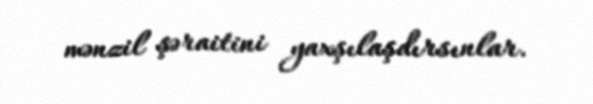
mənzil şəraitini yaxşılaşdırsınlar.